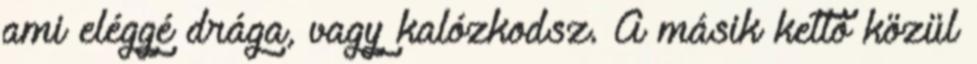
ami eléggé drága, vagy kalózkodsz. A másik kettő közül